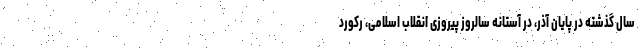
سال گذشته در پایان آذر، در آستانه سالروز پیروزی انقلاب اسلامی، رکورد